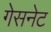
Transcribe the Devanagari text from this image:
गेसनेट